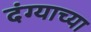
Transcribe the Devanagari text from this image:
दंग्याच्या